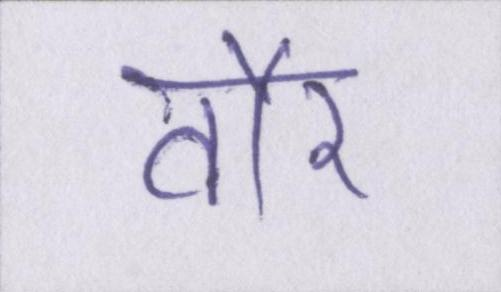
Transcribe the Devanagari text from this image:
तौर